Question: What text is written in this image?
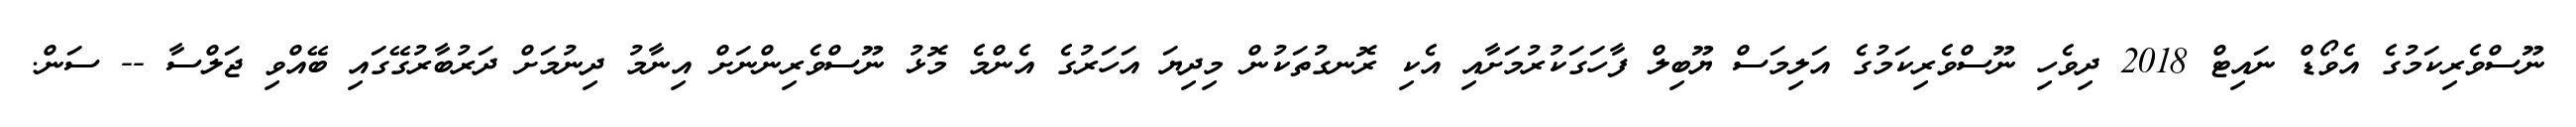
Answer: ނޫސްވެރިކަމުގެ އެވޯޑް ނައިޓް 2018 ދިވެހި ނޫސްވެރިކަމުގެ އަލިމަސް ޔޫބިލް ފާހަގަކުރުމަށާއި އެކި ރޮނގުތަކުން މިދިޔަ އަހަރުގެ އެންމެ މޮޅު ނޫސްވެރިންނަށް އިނާމު ދިނުމަށް ދަރުބާރުގޭގައި ބޭއްވި ޖަލްސާ -- ސަން.